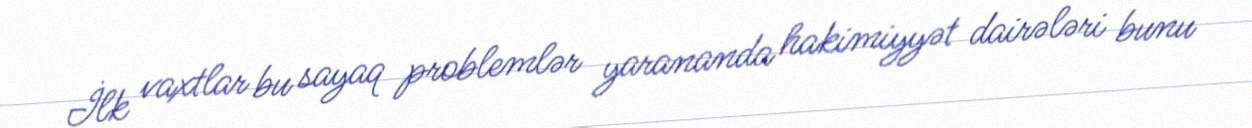
İlk vaxtlar bu sayaq problemlər yarananda hakimiyyət dairələri bunu